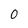
Character: 0